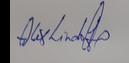
Signature authenticity: genuine